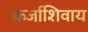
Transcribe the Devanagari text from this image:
कर्जाशिवाय